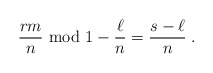
\begin{align*}\frac{r m}{n} {\rm ~mod~} 1 - \frac{\ell}{n} = \frac{s-\ell}{n} \;.\end{align*}